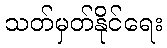
သတ်မှတ်နိုင်ရေး